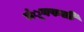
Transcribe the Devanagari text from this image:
मंूगफली